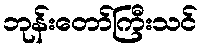
ဘုန်းတော်ကြီးသင်